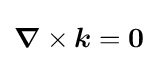
{\boldsymbol {\nabla }}\times {\boldsymbol {k}}={\boldsymbol {0}}